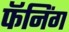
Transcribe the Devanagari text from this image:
फॅनिंग